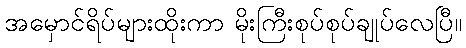
အမှောင်ရိပ်များထိုးကာ မိုးကြီးစုပ်စုပ်ချုပ်လေပြီ။